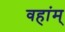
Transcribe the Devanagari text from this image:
वहांम्